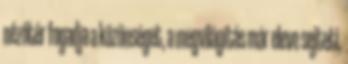
nézőtér fogadja a közönséget, a megvilágítás már eleve sejteti,